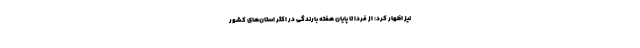
نیز اظهار کرد:‌ از فردا تا پایان هفته بارندگی در اکثر استان‌های کشور